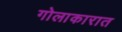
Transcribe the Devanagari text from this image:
गोलाकारात